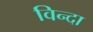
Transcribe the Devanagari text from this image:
विन्दा